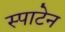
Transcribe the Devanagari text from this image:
स्पाटेन